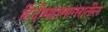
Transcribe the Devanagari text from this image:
हिंदीमहासागरातील